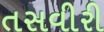
તસવીરી